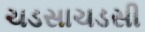
ચડસાચડસી